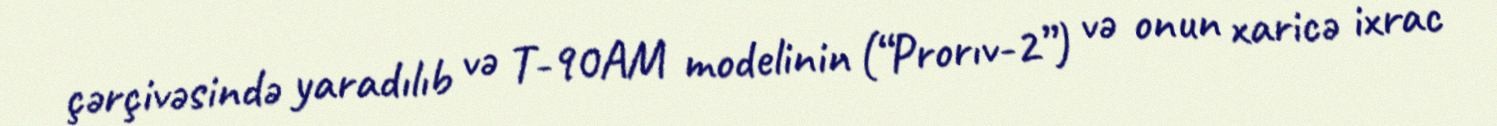
çərçivəsində yaradılıb və T-90AM modelinin (“Prorıv-2”) və onun xaricə ixrac